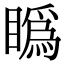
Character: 𥊪